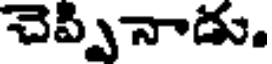
చెప్పినాడు.